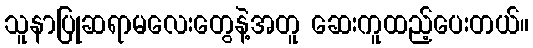
သူနာပြုဆရာမလေးတွေနဲ့အတူ ဆေးကူထည့်ပေးတယ်။